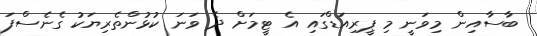
ބާސާއިން މިވަނީ މި ޕީރިއަޑްގައި އެ ޓީމަށް ދެ ވަނަ ކުޅުންތެރިޔަކު ގެނެސްފަ